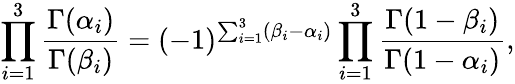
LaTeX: \prod_{i=1}^{3}\frac{\Gamma(\alpha_{i})}{\Gamma(\beta_{i})}=(-1)^{\sum_{i=1}^{3}(\beta_{i}-\alpha_{i})}\prod_{i=1}^{3}\frac{\Gamma(1-\beta_{i})}{\Gamma(1-\alpha_{i})},